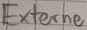
Text: Externe